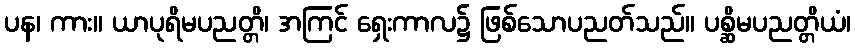
ပန၊ ကား။ ယာပုရိမပညတ္တိ၊ အကြင် ရှေးကာလ၌ ဖြစ်သောပညတ်သည်။ ပစ္ဆိမပညတ္တိယံ၊